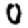
Digit: 0